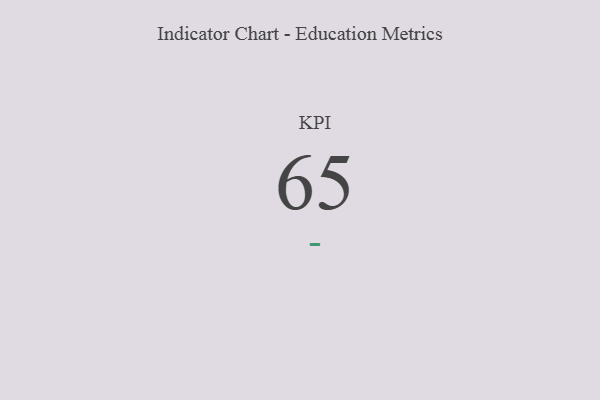
{"axis": {"x": "KPI", "y": "Value"}, "legend": [""], "data": [{"x": "KPI", "y": 65, "type": ""}]}